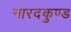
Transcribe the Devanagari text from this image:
नारदकुण्ड